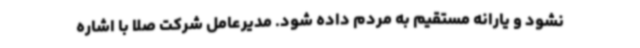
نشود و یارانه مستقیم به مردم داده شود. مدیرعامل شرکت صلا با اشاره